Report of the Indian Hemp Drugs Commission, 1894-1895 - Volume VII
Year: 1894
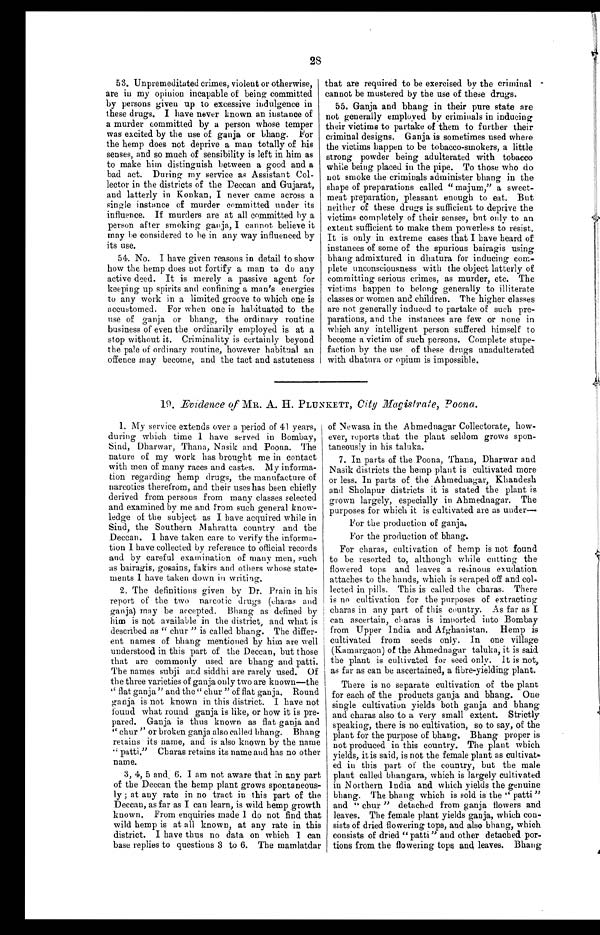
28
53. Unpremeditated crimes, violent or otherwise,
are in my opinion incapable of being committed
by persons given up to excessive indulgence in
these drugs. I have never known an instance of
a murder committed by a person whose temper
was excited by the use of ganja or bhang. For
the hemp does not deprive a man totally of his
senses, and so much of sensibility is left in him as
to make him distinguish between a good and a
bad act. During my service as Assistant Col
- l e c t o r i n t h e d i s t r i c t s o f t h e D e c c a n a n d G u j a r a t ,
and latterly in Konkan, I never came across a
single instance of murder committed under its
influence. If murders are at all committed by a
person after smoking ganja, I cannot believe it
may be considered to be in any way influenced by
its use.
54. N o . I h a v e g i v e n r e a s o n s i n d e t a i l t o s h o w
how the hemp does not fortify a man to do any
active deed. It is merely a passive agent for
keeping up spirits and confining a man's energies
to any work in a limited groove to which one is
accustomed. For when one is habituated to the
use of ganja or bhang, the ordinary routine
business of even the ordinarily employed is at a
stop without it. Criminality is certainly beyond
the pale of ordinary routine, however habitual an
offence may become, and the tact and astuteness
that are required to be exercised by the criminal
cannot be mustered by the use of these drugs.
55. Ganja and bhang in their pure state are
not generally employed by criminals in inducing
their victims to partake of them to further their
criminal designs. Ganja is sometimes used where
the victims happen to be tobacco-smokers, a little
strong powder being adulterated with tobacco
while being placed in the pipe. To those who do
not smoke the criminals administer bhang in the
shape of preparations called "majum," a sweet-
meat preparation, pleasant enough to eat. But
neither of these drugs is sufficient to deprive the
victims completely of their senses, but only to an
extent sufficient to make them powerless to resist.
It is only in extreme cases that I have heard of
instances of some of the spurious bairagis using
bhang admixtured in dhatura for inducing com
-
plete unconsciousness with the object latterly of
committing serious crimes, as murder, etc. The
victims happen to belong generally to illiterate
classes or women and children. The higher classes
are not generally induced to partake of such pr
e-parations, and the instances are few or none in
which any intelligent person suffered himself to
become a victim of such persons. Complete stupe
-faction by the use of these drugs unadulterated
with dhatura or opium is impossible.
19. Evidence of MR. A. H. PLUNKETT, City Magistrate, Poona.
1. My service extends over a period of 41 years,
during which time I have served in Bombay,
Sind, Dharwar, Thana, Nasik and Poona. The
nature of my work has brought me in contact
with men of many races and castes. My informa
- t i o n r e g a r d i n g h e m p d r u g s , t h e m a n u f a c t u r e o f
narcotics therefrom, and their uses has been chiefly
derived from persons from many classes selected
and examined by me and from such general know-
ledge of the subject as I have acquired while in
Sind, the Southern Mahratta country and the
Deccan. 1 have taken care to verify the informa
-tion I have collected by reference to official records
and by careful examination of many men, such
as bairagis, gosains, fakirs and others whose state
- m e n t s I h a v e t a k e n d o w n i n w r i t i n g .
2. The definitions given by Dr. Prain in his
report of the two narcotic drugs (charas and
ganja) may be accepted. Bhang as defined by
him is not available in the district, and what is
described as "chur" is called bhang. The differ
- e n t n a m e s o f b h a n g m e n t i o n e d b y h i m a r e w e l l
understood in this part of the Deccan, but those
that are commonly used are bhang and patti.
The names subji and siddhi are rarely used. Of
the three varieties of ganja only two are known—the
"flat ganja" and the "chur" of flat ganja. Round
ganja is not known in this district. I have not
found what round ganja is like, or how it is pre
-pared. Ganja is thus known as flat ganja and
"chur" or broken ganja also called bhang. Bhang
retains its name, and is also known by the name
patti." Charas retains its name and has no other
name.
3, 4, 5 and 6. 1 am not aware that in any part
of the Deccan the hemp plant grows spontaneous
-ly; at any rate in no tract in this part of the
Deccan, as far as I can learn, is wild hemp growth
known. From enquiries made 1 do not find that
wild hemp is at all known, at any rate in this
district. I have thus no data on which I can
base replies to questions 3 to 6. The mamlatdar
of Newasa in the Ahmednagar Collectorate, how
-ever, reports that the plant seldom grows spon
- t a n e o u s l y i n h i s t a l u k a .
7. In parts of the Poona, Thana, Dharwar and
Nasik districts the hemp plant is cultivated more
or less. In parts of the Ahmednagar, Khandesh
and Sholapur districts it is stated the plant is
grown largely, especially in Ahmednagar. The
purposes for which it is cultivated are as under—
For the production of ganja.
For the production of bhang.
For charas, cultivation of hemp is not found
to be resorted to, although while cutting the
flowered tops and leaves a resinous exudation
attaches to the hands, which is scraped off and col
-
lected in pills. This is called the charas. There
is no cultivation for the purposes of extracting
charas in any part of this country. As far as
I c a n a s c e r t a i n , c h a r a s , i s i m p o r t e d i n t o B o m b a y
from Upper India and Afghanistan. Hemp is
cultivated from seeds only. In one village
(Kamargaon) of the Ahmednagar taluka, it is said
the plant is cultivated for seed only. It is not,
as far as can be ascertained, a fibre-yielding plant.
There is no separate cultivation of the plant
for each of the products ganja and bhang. One
single cultivation yields both ganja and bhang
and charas also to a very small extent. Strictly
speaking, there is no cultivation, so to say, of the
plant for the purpose of bhang. Bhang proper is
not produced in this country. The plant which
yields, it is said, is not the female plant as cultivat
-ed in this part of the country, but the male
plant called bhangara, which is largely cultivated
in Northern India and which yields the genuine
bhang. The bhang which is sold is the "patti"
and "chur" detached from ganja flowers and
leaves. The female plant yields ganja, which con
-sists of dried flowering tops, and also bhang, which
consists of dried " patti" and other detached por
-tions from the flowering tops and leaves. Bhang